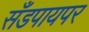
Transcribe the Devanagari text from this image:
सँडपायपर